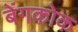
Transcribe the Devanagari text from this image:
बेंगकोक